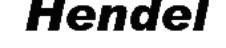
Hendel